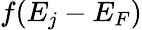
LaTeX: f(E_{j}-E_{F})